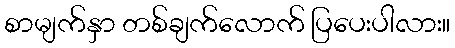
စာမျက်နှာ တစ်ချက်လောက် ပြပေးပါလား။